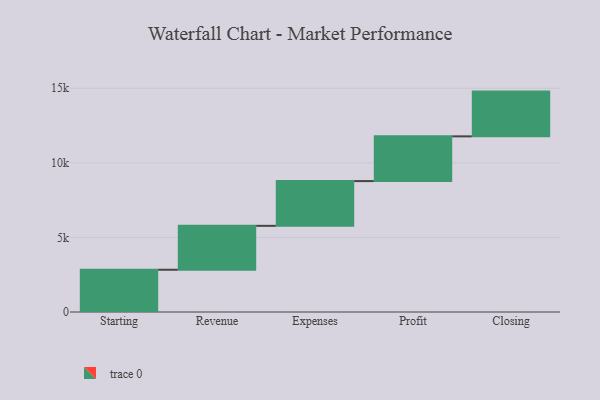
{"axis": {"x": "Step", "y": "Value"}, "legend": [""], "data": [{"x": "Starting", "y": 2833.0, "type": ""}, {"x": "Revenue", "y": 2944.0, "type": ""}, {"x": "Expenses", "y": 3000, "type": ""}, {"x": "Profit", "y": 3000, "type": ""}, {"x": "Closing", "y": 3000, "type": ""}]}